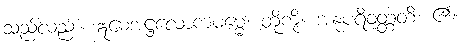
သည်လည်း။ ဣမေအဋ္ဌလောကဓမ္မေ၊ တို့ကို။ အနုပရိဝတ္တတိ၊ ၏။